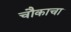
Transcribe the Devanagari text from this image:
चौकाचा